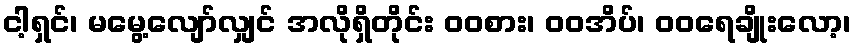
ငါ့ရှင်၊ မမွေ့လျော်လျှင် အလိုရှိတိုင်း ဝဝစား၊ ဝဝအိပ်၊ ဝဝရေချိုးလော့၊